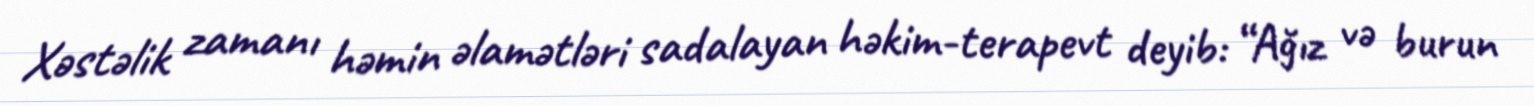
Xəstəlik zamanı həmin əlamətləri sadalayan həkim-terapevt deyib: “Ağız və burun